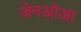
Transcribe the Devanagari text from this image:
जेनओआ